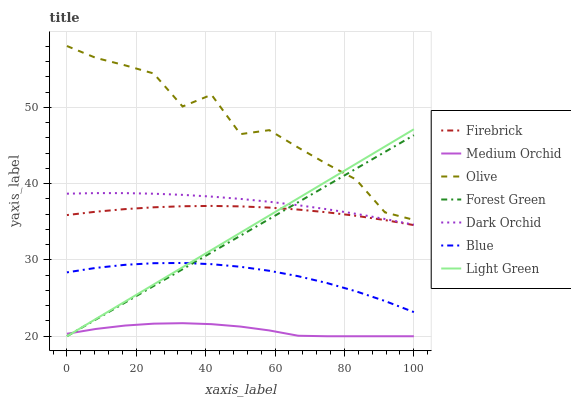
| xaxis_label | Firebrick | Medium Orchid | Olive | Forest Green | Dark Orchid | Blue | Light Green |
 | --- | --- | --- | --- | --- | --- | --- | --- |
 | 0 | 35.9 | 20.3 | 58 | 20 | 38.7 | 28.4 | 20 |
 | 8.33 | 36.3 | 21 | 56.5 | 22.2 | 38.8 | 29 | 22.3 |
 | 16.7 | 36.7 | 21.4 | 55.5 | 24.4 | 38.8 | 29.4 | 24.5 |
 | 25 | 36.9 | 21.7 | 54.4 | 26.6 | 38.7 | 29.6 | 26.8 |
 | 33.3 | 37 | 21.7 | 50.1 | 28.8 | 38.5 | 29.6 | 29 |
 | 41.7 | 37.1 | 21.6 | 51.6 | 31 | 38.3 | 29.4 | 31.3 |
 | 50 | 37 | 21.3 | 46.5 | 33.2 | 38 | 29.1 | 33.6 |
 | 58.3 | 36.9 | 20.8 | 47 | 35.4 | 37.6 | 28.6 | 35.8 |
 | 66.7 | 36.6 | 20.1 | 44.7 | 37.6 | 37.2 | 27.9 | 38.1 |
 | 75 | 36.2 | 20 | 42.6 | 39.8 | 36.6 | 27 | 40.3 |
 | 83.3 | 35.8 | 20 | 40.5 | 42 | 36 | 25.9 | 42.6 |
 | 91.7 | 35.2 | 20 | 36.2 | 44.2 | 35.4 | 24.6 | 44.9 |
 | 100 | 34.6 | 20 | 35.3 | 46.3 | 34.6 | 23.2 | 47.1 |